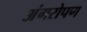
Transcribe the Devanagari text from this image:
अंगरोपण